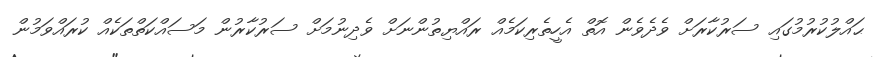
ޙައްލުކުރުމުގައި ސަރުކާރަށް ވެދެވެން އޮތް އެހީތެރިކަމެއް ރައްޔިތުންނަށް ވެދިނުމަށް ސަރުކާރުން މަސައްކަތްތަކެއް ކުރައްވަމުން